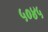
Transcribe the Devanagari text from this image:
५०४५